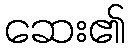
ဆေး၏